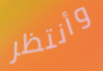
وأنتظر